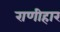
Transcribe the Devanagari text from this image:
राणीहार